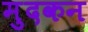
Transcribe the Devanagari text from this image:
मुदकन